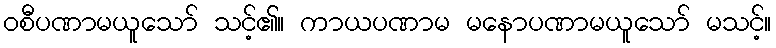
ဝစီပဏာမယူသော် သင့်၏။ ကာယပဏာမ မနောပဏာမယူသော် မသင့်။